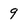
Character: 9